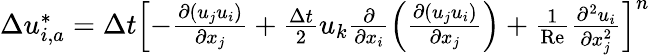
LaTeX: \begin{array}{r}{\Delta u_{i,a}^{*}=\Delta t{{\left[-\frac{\partial\left({{u}_{j}}{{u}_{i}}\right)}{\partial{{x}_{j}}}+\frac{\Delta t}{2}{{u}_{k}}\frac{\partial}{\partial{{x}_{i}}}\left(\frac{\partial\left({{u}_{j}}{{u}_{i}}\right)}{\partial{{x}_{j}}}\right)+\frac{1}{\operatorname{Re}}\frac{{{\partial}^{2}}{{u}_{i}}}{\partial x_{j}^{2}}\right]}^{n}}}\end{array}